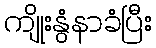
ကျိုးနွံနာခံပြီး